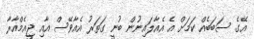
އޭގެ ސަބަބެއް ކަމަށް އެ އެއާލައިނުން ބުނީ ގަތަރު އެއާވޭސް އާއި ޖީއެމްއާރާ